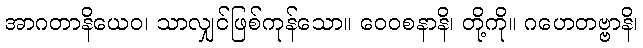
အာဂတာနိယေဝ၊ သာလျှင်ဖြစ်ကုန်သော။ ဝေဝစနာနိ၊ တို့ကို။ ဂဟေတဗ္ဗာနိ၊